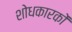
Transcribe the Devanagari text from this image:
शोधकारकों